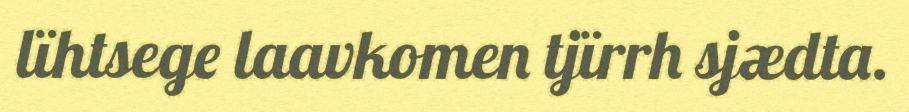
lïhtsege laavkomen tjïrrh sjædta.